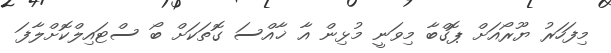
މިފަހަރު ޔޫރޯއަށް ޕޮގްބާ މިވަނީ މުޅިން އާ ޚާއްސަ ގޮތަކަށް ބޯ ސްޓައިލްކޮށްލާފަ